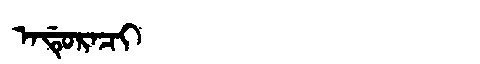
Manchu: ᠠᡩᡠᡵᠠᠴᡳ
Romanization: ADURACI